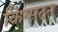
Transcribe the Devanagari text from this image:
किंग्‍सटन